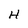
Character: H